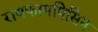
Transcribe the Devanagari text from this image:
रायफामपिसिन